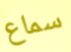
سماع